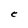
Character: C